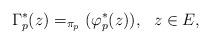
LaTeX: \begin{align*}\Gamma_p^*(z)=_{\pi_p}(\varphi_p^*(z)),\ \ z\in E,\end{align*}